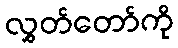
လွှတ်တော်ကို